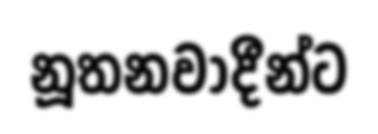
නූතනවාදීන්ට